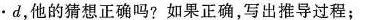
·d $$ ，他的猜想正确吗?如果正确，写出推导过程；